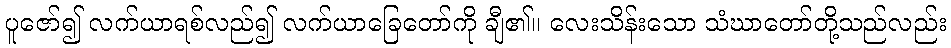
ပူဇော်၍ လက်ယာရစ်လည်၍ လက်ယာခြေတော်ကို ချီ၏။ လေးသိန်းသော သံဃာတော်တို့သည်လည်း